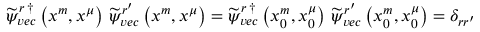
\begin{array} { r } { \widetilde { \psi } _ { v e c } ^ { r \, \dag } \left( x ^ { m } , x ^ { \mu } \right) \, \widetilde { \psi } _ { v e c } ^ { r ^ { \prime } } \left( x ^ { m } , x ^ { \mu } \right) = \widetilde { \psi } _ { v e c } ^ { r \, \dag } \left( x _ { 0 } ^ { m } , x _ { 0 } ^ { \mu } \right) \, \widetilde { \psi } _ { v e c } ^ { r ^ { \prime } } \left( x _ { 0 } ^ { m } , x _ { 0 } ^ { \mu } \right) = \delta _ { r r ^ { \prime } } } \end{array}